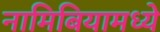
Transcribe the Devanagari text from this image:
नामिबियामध्ये